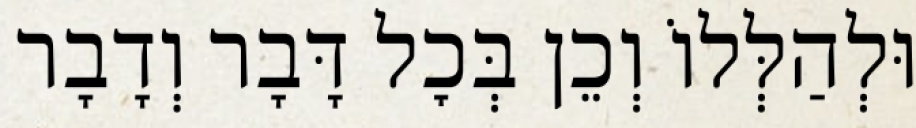
וּלְהַלְּלוֹ וְכֵן בְּכׇל דָּבָר וְדָבָר